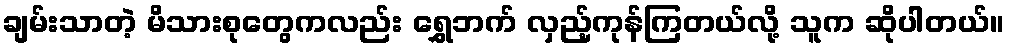
ချမ်းသာတဲ့ မိသားစုတွေကလည်း ရွှေဘက် လှည့်ကုန်ကြတယ်လို့ သူက ဆိုပါတယ်။